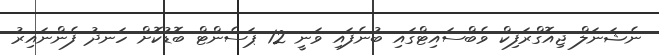
ނެޝަނަލް ޖިއޮގްރަފިކް ވެބްސައިޓްގައި ބުނެފައި ވަނީ 12 ޕަސެންޓް ބޮޑުކޮށް ހަނދު ފެންނައިރު